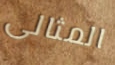
المثالى